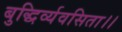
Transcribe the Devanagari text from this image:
बुद्धिर्व्यवसिता।।